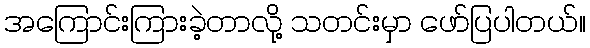
အကြောင်းကြားခဲ့တာလို့ သတင်းမှာ ဖော်ပြပါတယ်။